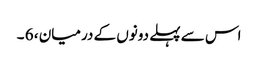
اس سے پہلے دونوں کے درمیان ، 6 ۔